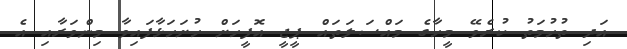
އަދި ތުހުމަތު ކުރެވޭ މީހާގެ މައްސަލަތައް ޕީޖީ އޮފީހަށް ހުށަހަޅާފައިވާ މިންވަރާއި އެ